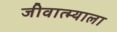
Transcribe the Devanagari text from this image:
जीवात्म्याला